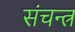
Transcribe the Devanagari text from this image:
संचन्त्र